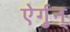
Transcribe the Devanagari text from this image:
ऐर्गुन्